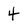
Character: 4